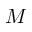
M